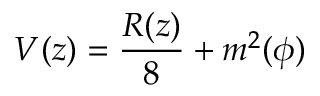
V ( z ) = \frac { R ( z ) } { 8 } + m ^ { 2 } ( \phi )